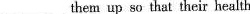
___them up so that their health